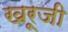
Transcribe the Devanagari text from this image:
खरूजी